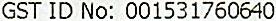
GST ID NO: 001531760640